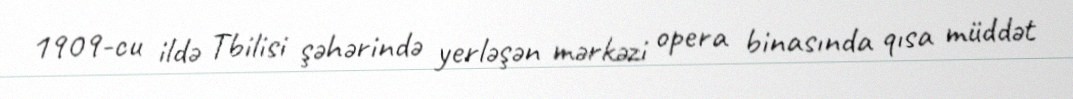
1909-cu ildə Tbilisi şəhərində yerləşən mərkəzi opera binasında qısa müddət